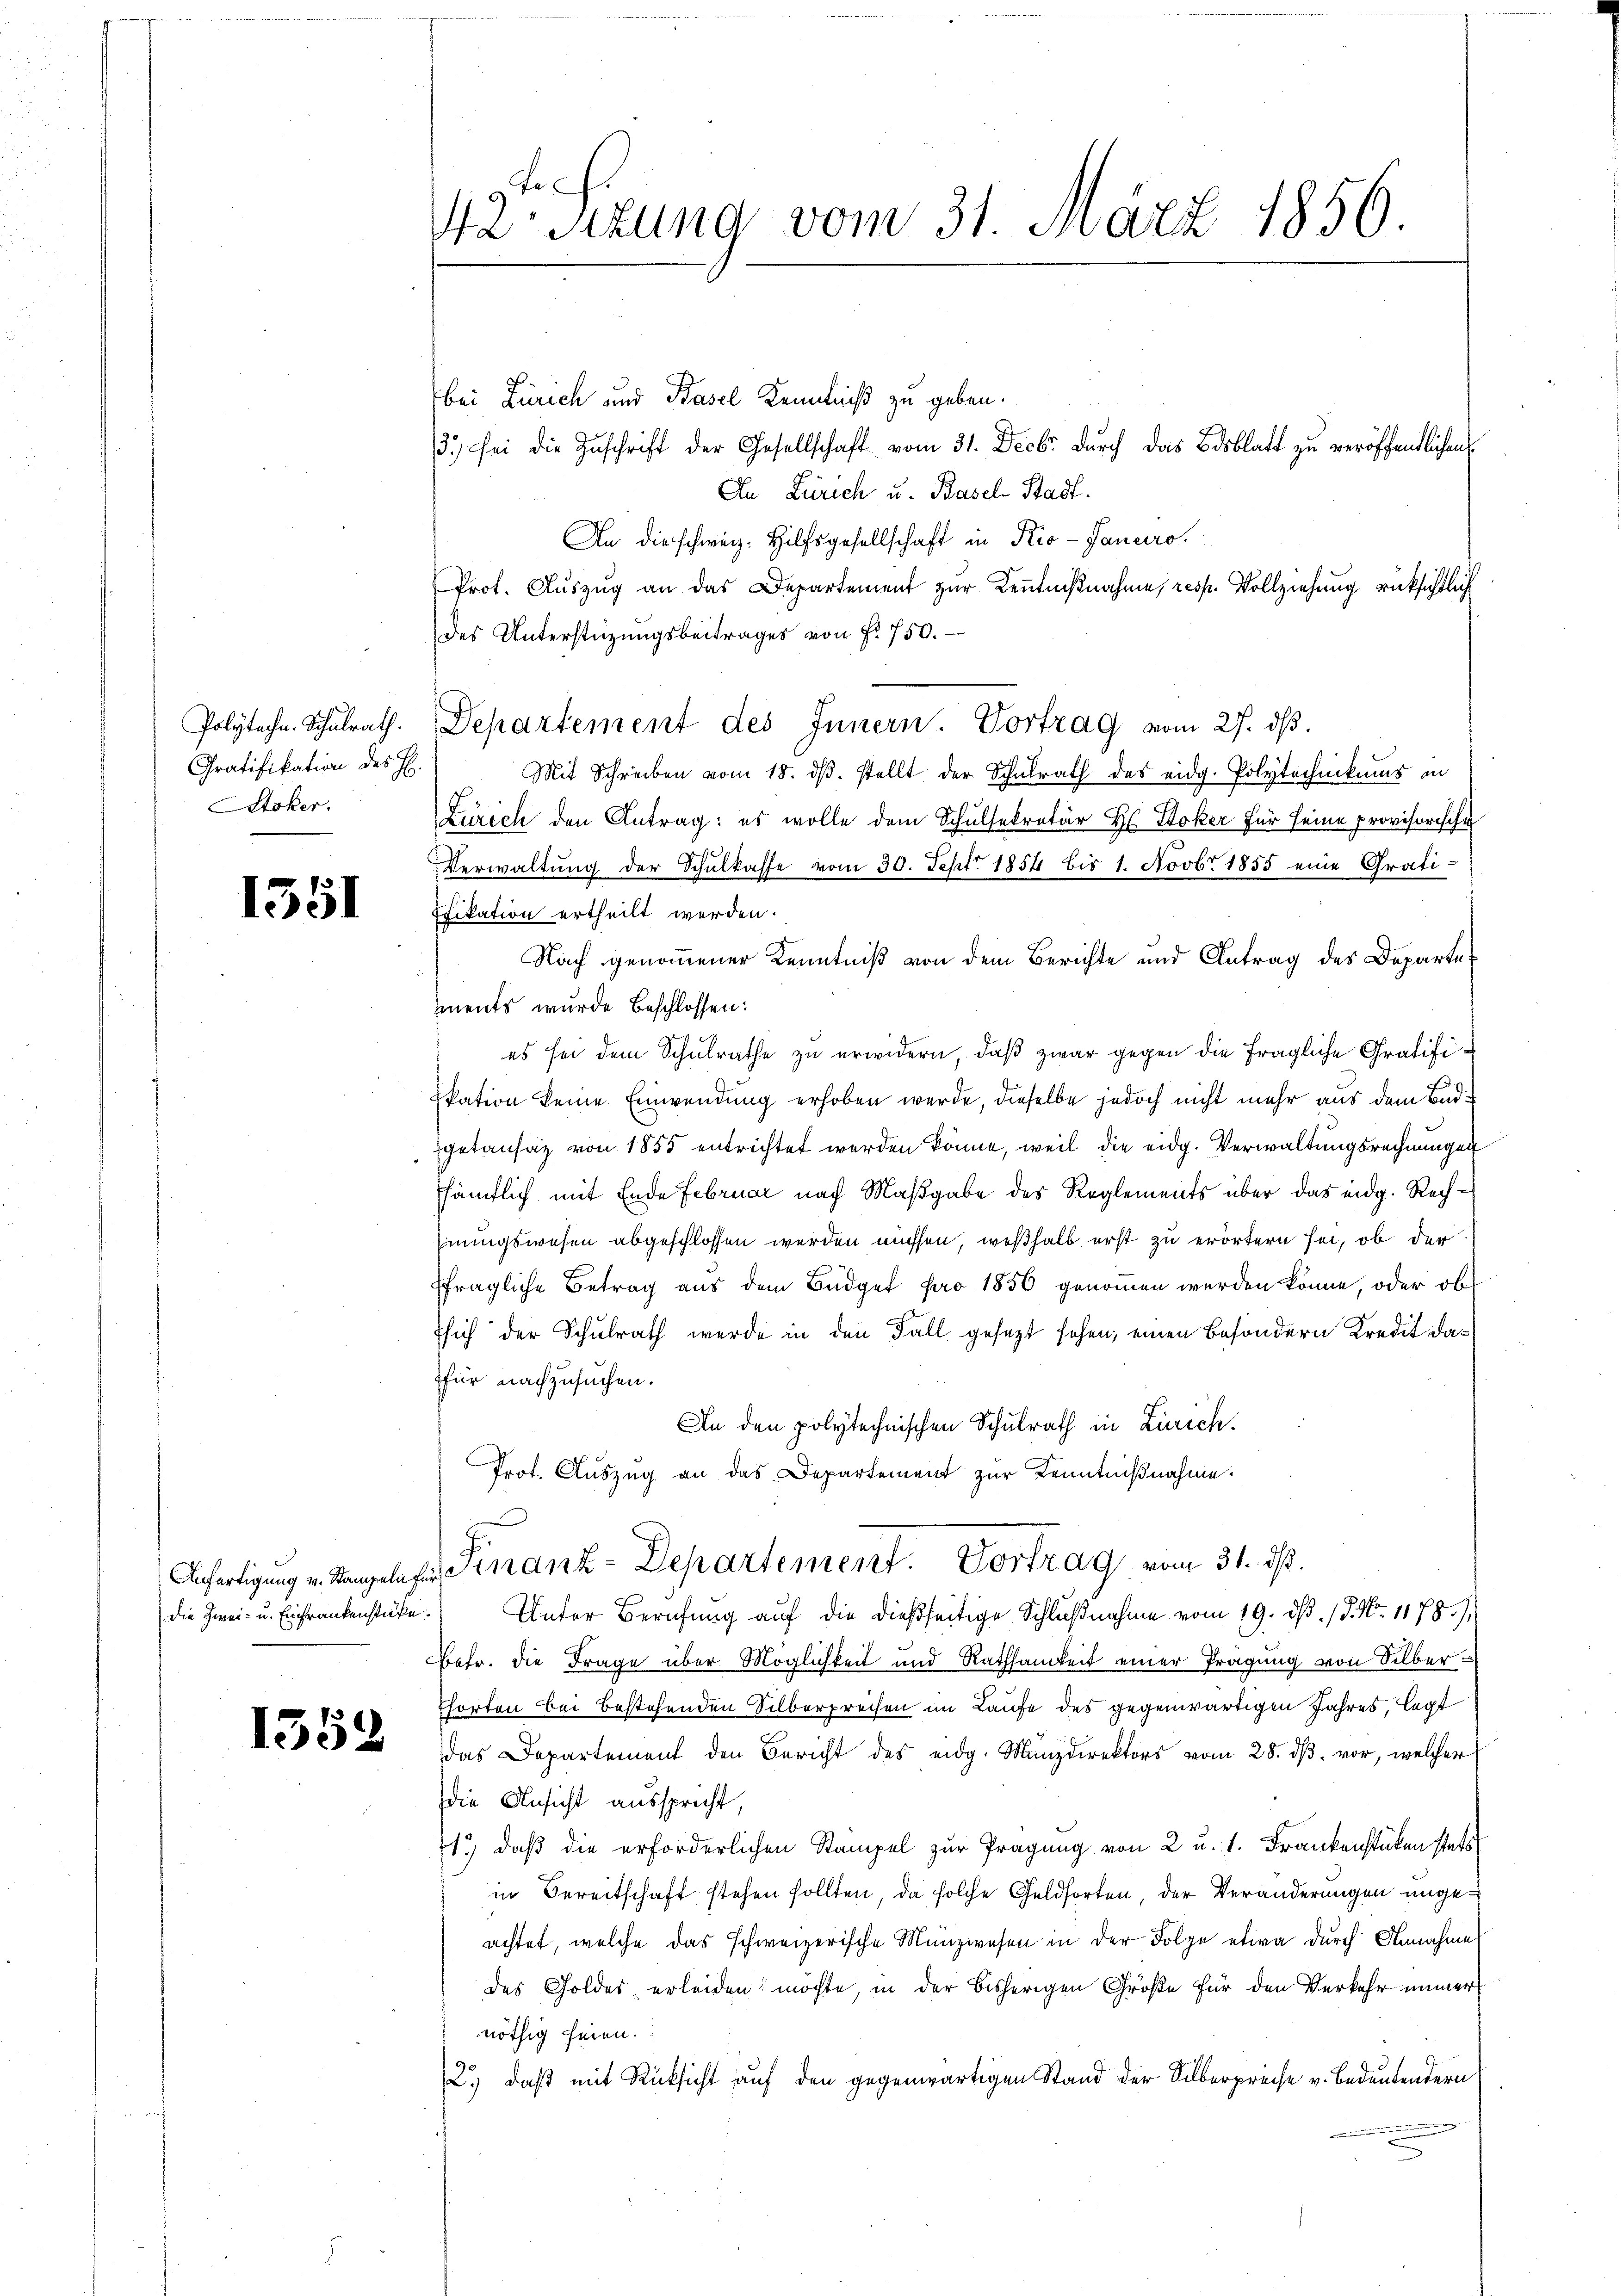
Polytechn. Schulrath.
Gratifikation des H.
Stoker.

1351

die Zwei- u. Einfrankenstüke.

1352

42. Sezung vom 31. März 1856.

bei Zürich und Basel Kenntniß zu geben.
3.) sei die Zuschrift der Gesellschaft vom 31. Decbr. durch das Bisblatt zu veröffentlichen
An Zürich u. Basel-Stadt.
An die schweiz. Hilfsgesellschaft in Pio-Ganuro¬
Prot. Auszug an das Departement zur Kenntnißnahme, resp. Vollziehung rücksichtlich
des Unterstüzungsbeitrages von Nr. 750.
Departement des Innern. Vortrag vom 27. ds.
Mit Schreiben vom 18. dβ. stellt der Schulrath des eidg. Polytechnikums in
Zürich den Antrag: es wolle dem Schulsekretär H. Stoker für seine provisorische
Verwaltung der Schulkasse vom 30. Sept. 1854 bis 1. Novbr. 1855 eine Grati¬
Ffikation ertheilt werden.
Nach genommener Kenntniß von dem Berichte und Antrag des Departements wurde beschlossen:
es sei dem Schulrathe zu erwidern, daß zwar gegen die fragliche Gratifi¬
Ekation keine Einwendung erhoben werde, dieselbe jedoch nicht mehr aus dem Badgetansaz von 1855 entrichtet werden könne, weil die eidg. Verwaltungsrechnungen
sämtlich mit Ende Februar nach Maßgabe des Reglements über das eidg. Rechhnungswesen abgeschlossen werden müssen, weßhalb erst zu erörtern sei, ob der
fragliche Betrag aus dem Büdget pro 1856 genommen werden könne, oder ob
sich der Schulrath werde in den Fall gesezt sehen, einen Besondern Kredit dafür nachzusuchen.
An den polytechnischen Schulrath in Zürich.
Prot. Auszug an das Departement zur Kenntnißnahme.
x
Anfertigung v. Stangeln zur Finanz-Departement. Vortrag vom 31. ds.
Unter Berufung auf die dießseitige Schlußnahme vom 19. ds. / 5. No. 1178.)
ehr. die Frage über Möglichkeit und Rathsamkeit einer Prägung von Silber
Pforten bei bestehenden Silberprechen im Laufe des gegenwärtigen Jahres, legt
das Departement den Bericht des eidg. Münzdirektors vom 28. dβ. vor, welcher
die Ansicht ausspricht,
41.) daß die erforderlichen Stampel zur Prägung von 2 u. 1. Frankenstücken stets
in Bereitschaft stehen sollten, da solche Geldsorten, der Veränderungen ungeachtet, welche das schweizerische Münzwesen in der Folge etwa durch Annahme
des Goldes erleiden möchte, in der bisherigen Größe für den Verkehr immer
nöthig seien.
2.) daß mit Rücksicht auf den gegenwärtigen Stand der Silberpreise v. Bedeutendern